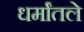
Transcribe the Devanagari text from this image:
धर्मांतले